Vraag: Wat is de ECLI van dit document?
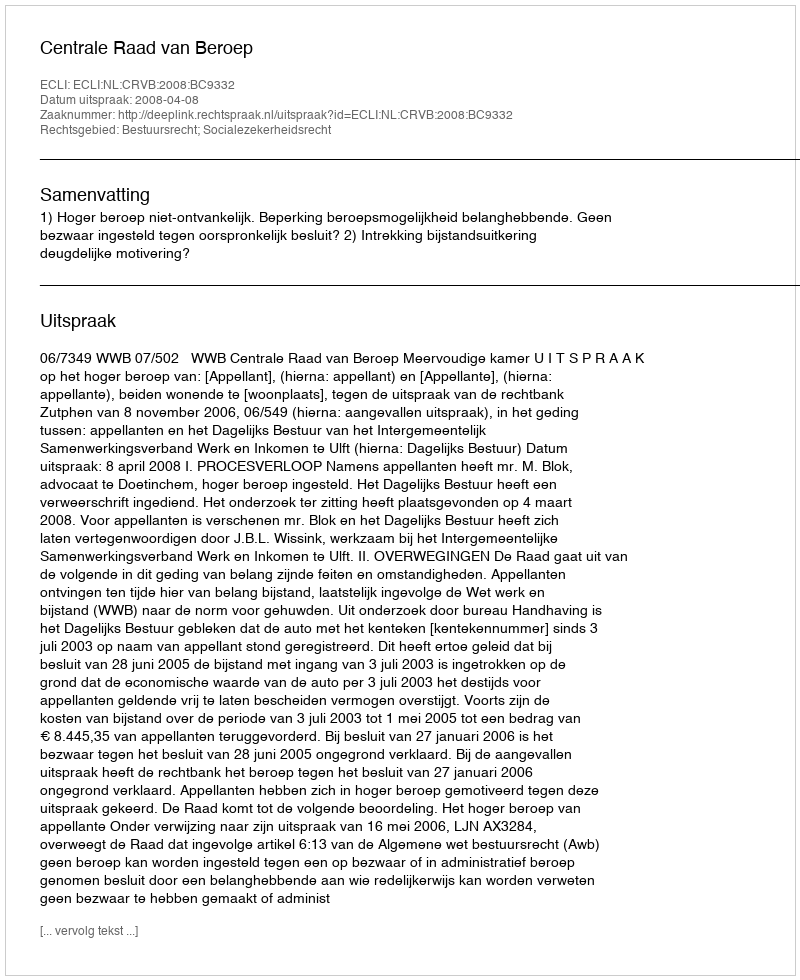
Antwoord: ECLI:NL:CRVB:2008:BC9332